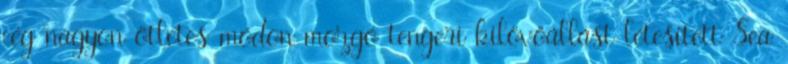
cég nagyon ötletes módon mozgó tengeri kilövőállást létesített Sea